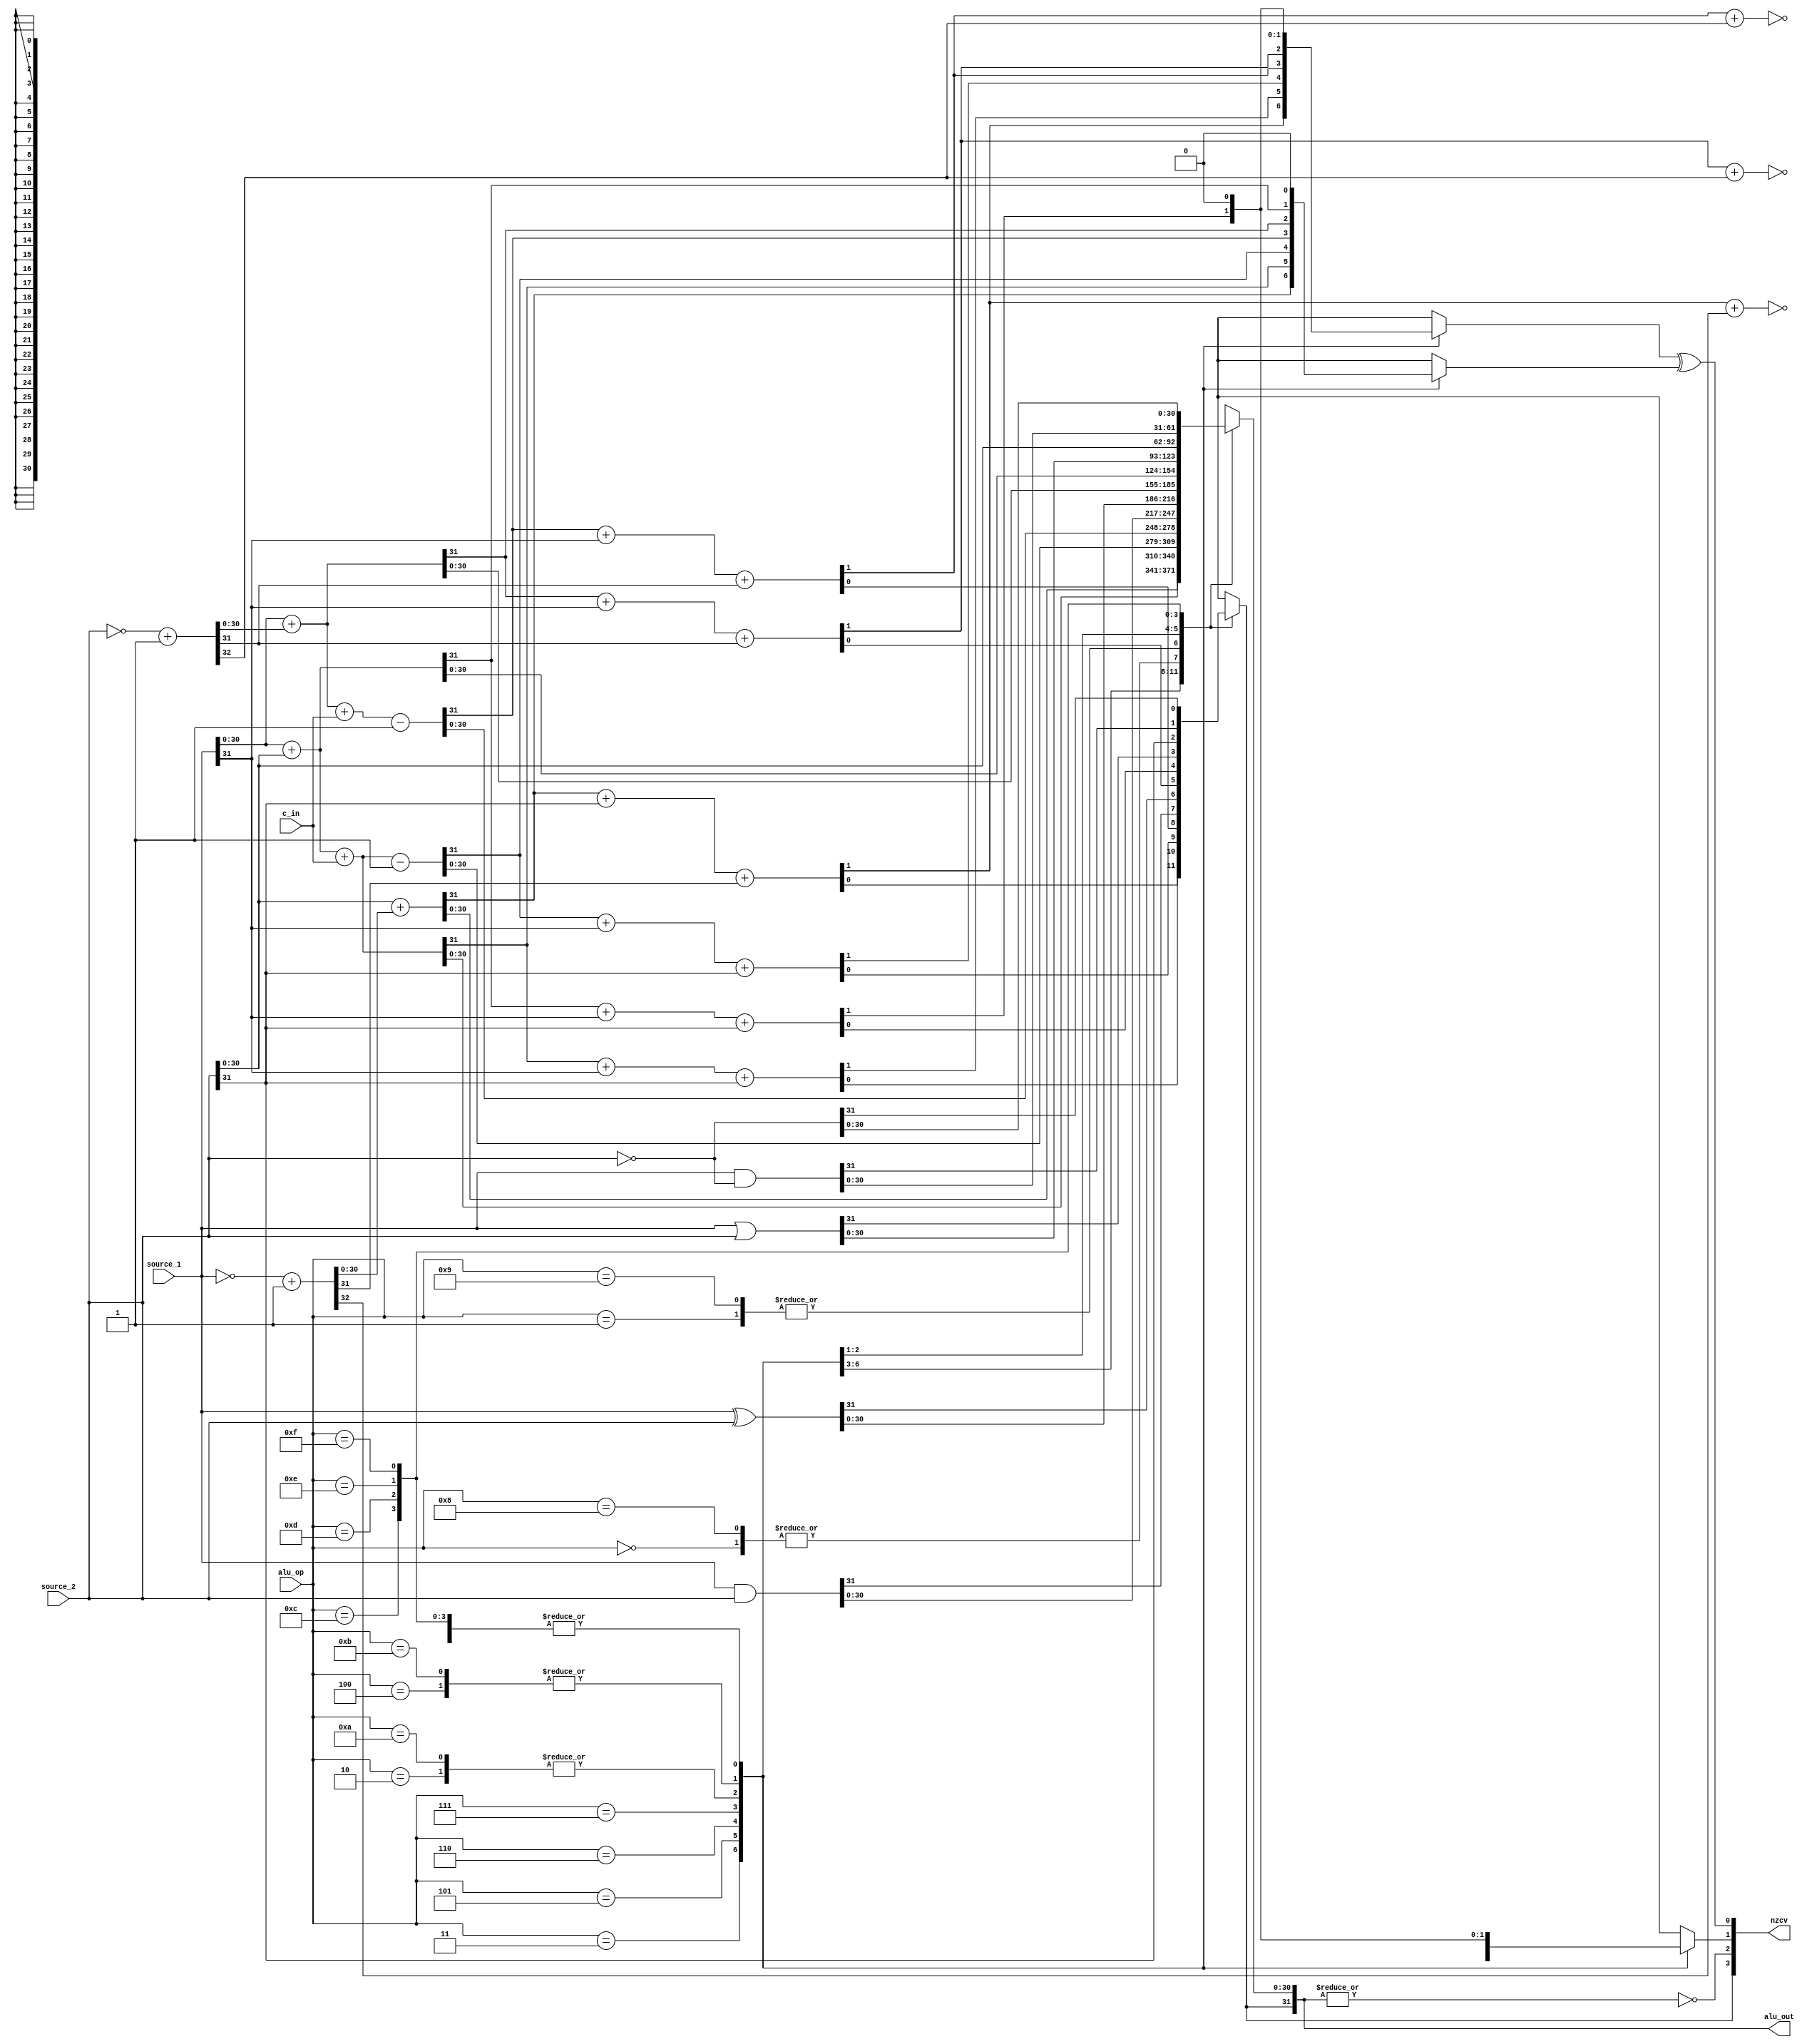
module alu(source_1,source_2,alu_op,nzcv,alu_out,c_in
    );

	input [31:0] source_1, source_2;
	input [3:0] alu_op;
	input c_in;
	
	output [3:0] nzcv;
	output [31:0] alu_out;
	
	wire n,z,v;
	
	assign nzcv[3]=n;
	assign nzcv[2]=z;
	assign nzcv[1]=c_unsign;
	assign nzcv[0]=v;
	
	assign n = alu_out[31];
	assign z = ~(|alu_out);
	assign v = c_sign^c_over;
	
	//wire
	reg c_unsign, c_sign, c_over;
	reg [31:0] alu_out, sign_alu_out;
	reg [32:0] two_comple_number; 
	
	always@(*)
	begin
		case(alu_op)
		4'b0000:begin
					two_comple_number = ~{ 1'b0,source_2 }+1'b1;
					alu_out = source_1 & source_2;
					c_unsign = 1'b0;
					c_sign = 1'b0;
					c_over = 1'b0;
				  end
		4'b0001:begin
					two_comple_number = ~{ 1'b0,source_2 }+1'b1;
					alu_out = source_1 ^ source_2;
					c_unsign = 1'b0;
					c_sign = 1'b0;
					c_over = 1'b0;
				  end
		4'b0010:begin
					two_comple_number = ~{ 1'b0,source_2 }+1'b1;
					{ c_over, alu_out[30:0] } = source_1[30:0] + two_comple_number[30:0];
					{ c_sign, alu_out[31] } = c_over + source_1[31] + two_comple_number[31];
					c_unsign = ~(c_sign + two_comple_number[32]);
				  end
		4'b0011:begin
					two_comple_number = ~{ 1'b0,source_1 }+1'b1;
					{ c_over, alu_out[30:0] } = source_2[30:0] + two_comple_number[30:0];
					{ c_sign, alu_out[31] } = c_over + source_2[31] + two_comple_number[31];
					c_unsign = ~(c_sign + two_comple_number[32]);
				  end
		4'b0100:begin
					two_comple_number = ~{ 1'b0,source_1 }+1'b1;
					{ c_over, alu_out[30:0] } = source_1[30:0] + source_2[30:0];
					{ c_sign, alu_out[31] } = c_over + source_1[31] + source_2[31];
					c_unsign = c_sign;
				  end
		4'b0101:begin
					two_comple_number = ~{ 1'b0,source_1 }+1'b1;
					{ c_over, alu_out[30:0] } = source_1[30:0] + source_2[30:0] + c_in;
					{ c_sign, alu_out[31] } = c_over + source_1[31] + source_2[31];
					c_unsign = c_sign;
				  end
		4'b0110:begin
					two_comple_number = ~{ 1'b0,source_1 }+1'b1;
					{ c_over, alu_out[30:0] } = source_1[30:0] + source_2[30:0] + c_in -1'b1;
					{ c_sign, alu_out[31] } = c_over + source_1[31] + source_2[31];
					c_unsign = c_sign;
				  end
		4'b0111:begin
					two_comple_number = ~{ 1'b0,source_2 }+1'b1;
					{ c_over, alu_out[30:0] } = source_1[30:0] + two_comple_number[30:0] + c_in - 1'b1;
					{ c_sign, alu_out[31] } = c_over + source_1[31] + two_comple_number[31];
					c_unsign = ~(c_sign + two_comple_number[32]);
				  end
		4'b1000:begin
					two_comple_number = ~{ 1'b0,source_2 }+1'b1;
					alu_out = source_1 & source_2;
					c_unsign = 1'b0;
					c_sign = 1'b0;
					c_over = 1'b0;
				  end
		4'b1001:begin
					two_comple_number = ~{ 1'b0,source_2 }+1'b1;
					alu_out = source_1 ^ source_2;
					c_unsign = 1'b0;
					c_sign = 1'b0;
					c_over = 1'b0;
				  end
		4'b1010:begin
					two_comple_number = ~{ 1'b0,source_2 }+1'b1;
					{ c_over, alu_out[30:0] } = source_1[30:0] + two_comple_number[30:0];
					{ c_sign, alu_out[31] } = c_over + source_1[31] + two_comple_number[31];
					c_unsign = ~(c_sign + two_comple_number[32]);
				  end
		4'b1011:begin
					two_comple_number = ~{ 1'b0,source_1 }+1'b1;
					{ c_over, alu_out[30:0] } = source_1[30:0] + source_2[30:0];
					{ c_sign, alu_out[31] } = c_over + source_1[31] + source_2[31];
					c_unsign = c_sign;
				  end
		4'b1100:begin
					two_comple_number = ~{ 1'b0,source_2 }+1'b1;
					alu_out = source_1 | source_2;
					c_unsign = 1'b0;
					c_sign = 1'b0;
					c_over = 1'b0;
				  end
		4'b1101:begin
					two_comple_number = ~{ 1'b0,source_2 }+1'b1;
					alu_out = source_2;
					c_unsign = 1'b0;
					c_sign = 1'b0;
					c_over = 1'b0;
				  end
		4'b1110:begin
					two_comple_number = ~{ 1'b0,source_2 }+1'b1;
					alu_out = source_1 & (~source_2);
					c_unsign = 1'b0;
					c_sign = 1'b0;
					c_over = 1'b0;
				  end
		4'b1111:begin
					two_comple_number = ~{ 1'b0,source_2 }+1'b1;
					alu_out = ~source_2;
					c_unsign = 1'b0;
					c_sign = 1'b0;
					c_over = 1'b0;
				  end
		endcase
	end

endmodule